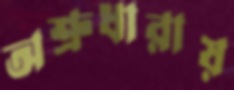
অশ্রুধারায়